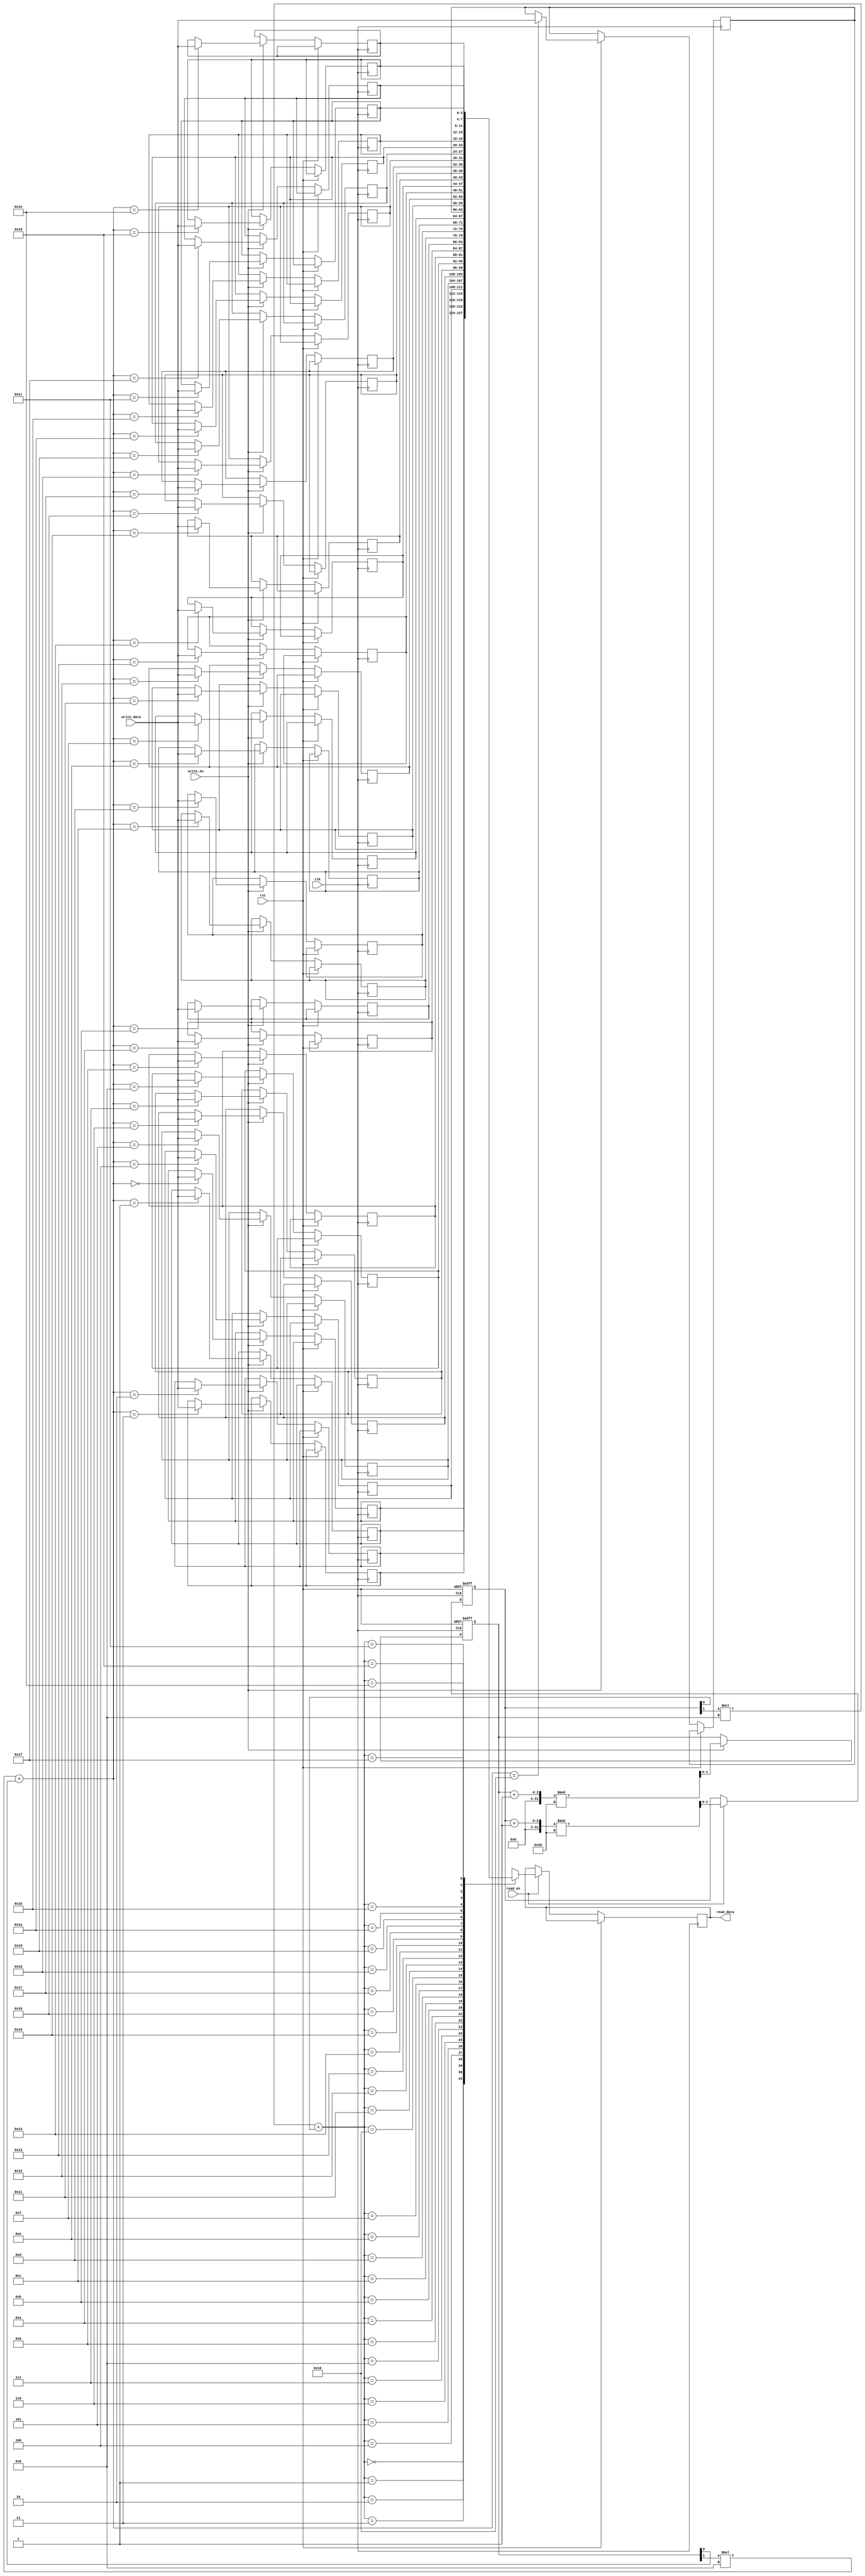
module Circular_Register_File(
    input wire clk,
    input wire rst,
    input wire write_en,
    input wire read_en,
    input wire [3:0] write_data,
    output reg [3:0] read_data
);

parameter NUM_BLOCKS = 4;
parameter REGS_PER_BLOCK = 8;

reg [3:0] mem_blocks[NUM_BLOCKS][REGS_PER_BLOCK];
reg [1:0] write_ptr = 0;
reg [1:0] read_ptr = 0;

always @(posedge clk or posedge rst) begin
    if (rst) begin
        write_ptr <= 0;
        read_ptr <= 0;
    end else begin
        if (write_en) begin
            mem_blocks[write_ptr[1]][write_ptr[0]] <= write_data;
            write_ptr <= (write_ptr + 1) % (NUM_BLOCKS * REGS_PER_BLOCK);
        end
        
        if (read_en) begin
            read_data <= mem_blocks[read_ptr[1]][read_ptr[0]];
            read_ptr <= (read_ptr + 1) % (NUM_BLOCKS * REGS_PER_BLOCK);
        end
    end
end

endmodule